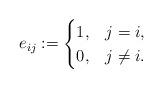
LaTeX: \begin{align*}e_{ij}:=\begin{cases}1, & j=i,\\0, & j\neq i.\end{cases}\end{align*}